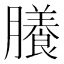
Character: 䑆